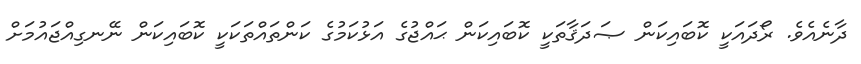
ދާނެއެވެ. ރޯދައަކީ ކޮބައިކަން ޞަދަޤާތަކީ ކޮބައިކަން ޙައްޖުގެ އަޅުކަމުގެ ކަންތައްތަކަކީ ކޮބައިކަން ނޭނގިއްޖައުމަށް